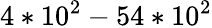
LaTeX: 4*10^{2}-54*10^{2}